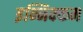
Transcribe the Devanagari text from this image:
इन्निक्कम